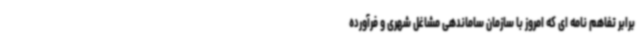
برابر تفاهم نامه ای که امروز با سازمان ساماندهی مشاغل شهری و فرآورده